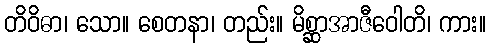
တိဝိဓာ၊ သော။ စေတနာ၊ တည်း။ မိစ္ဆာအာဇီဝေါတိ၊ ကား။